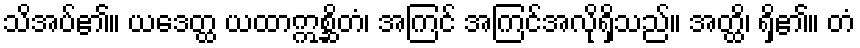
သိအပ်၏။ ယဒေတ္ထ ယထာဣစ္ဆိတံ၊ အကြင် အကြင်အလိုရှိသည်။ အတ္ထိ၊ ရှိ၏။ တံ